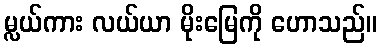
မ္လယ်ကား လယ်ယာ မိုးမြေကို ဟောသည်။